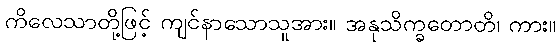
ကိလေသာတို့ဖြင့် ကျင်နာသောသူအား။ အနုသိက္ခတောတိ၊ ကား။